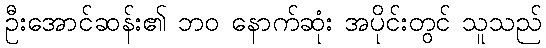
ဦးအောင်ဆန်း၏ ဘဝ နောက်ဆုံး အပိုင်းတွင် သူသည်